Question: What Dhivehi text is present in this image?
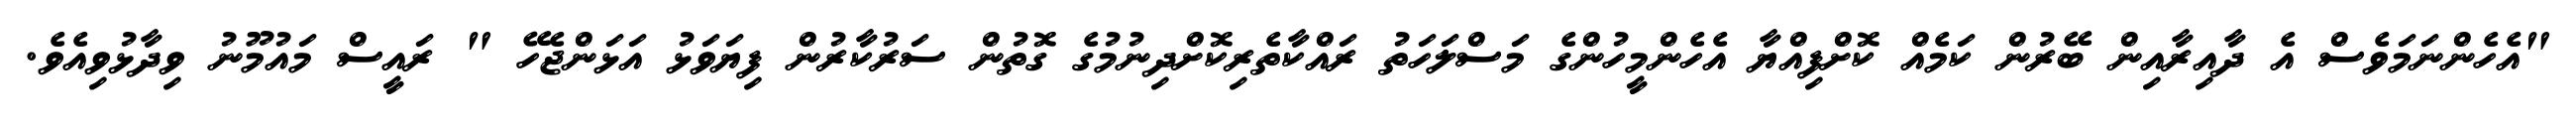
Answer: "އެހެންނަމަވެސް އެ ދާއިރާއިން ބޭރުން ކަމެއް ކޮށްފިއްޔާ އެހެންމީހުންގެ މަސްލަހަތު ރައްކާތެރިކޮށްދިނުމުގެ ގޮތުން ސަރުކާރުން ފިޔަވަޅު އަޅަންޖެހޭ " ރައީސް މައުމޫނު ވިދާޅުވިއެވެ.